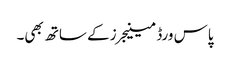
پاس ورڈ مینیجرز کے ساتھ بھی۔